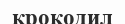
крокодил